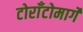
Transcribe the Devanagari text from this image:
टोराँटोमार्गे